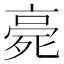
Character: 𣨻